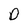
Character: D